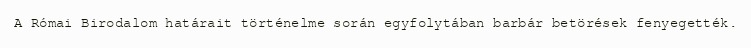
A Római Birodalom határait történelme során egyfolytában barbár betörések fenyegették.